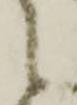
候